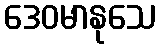
ဒေဝမာနုသေ